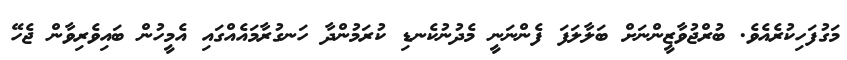
މަގުފަހިކުރެއެވެ. ބުރްޖުވާޒީންނަށް ބަލާލަފަ ފެންނަނީ މެދުނުކެނޑި ކުރަމުންދާ ހަނގުރާމައެއްގައި އެމީހުން ބައިވެރިވާން ޖެހޭ